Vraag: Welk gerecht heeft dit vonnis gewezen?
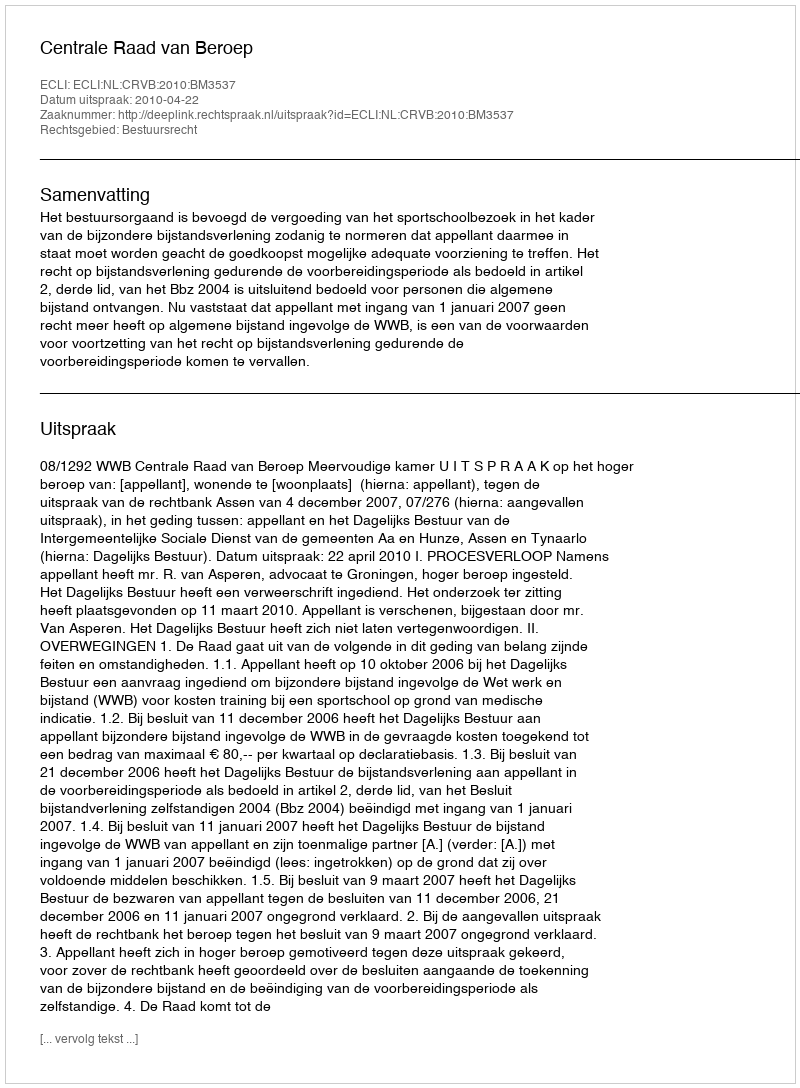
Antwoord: Centrale Raad van Beroep